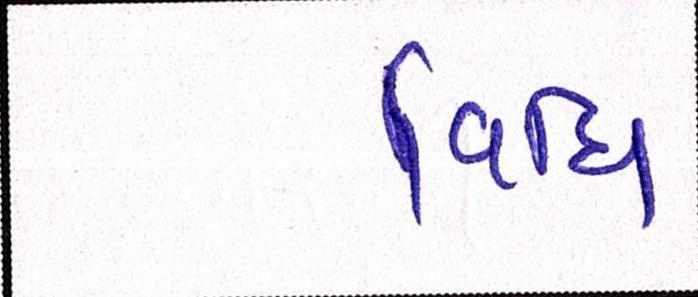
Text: વિધિ